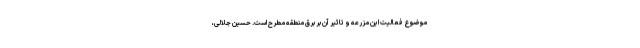
موضوع فعالیت این مزرعه و تاثیر آن بر برق منطقه مطرح است. حسین جلالی،